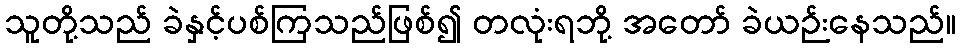
သူတို့သည် ခဲနှင့်ပစ်ကြသည်ဖြစ်၍ တလုံးရဘို့ အတော် ခဲယဉ်းနေသည်။